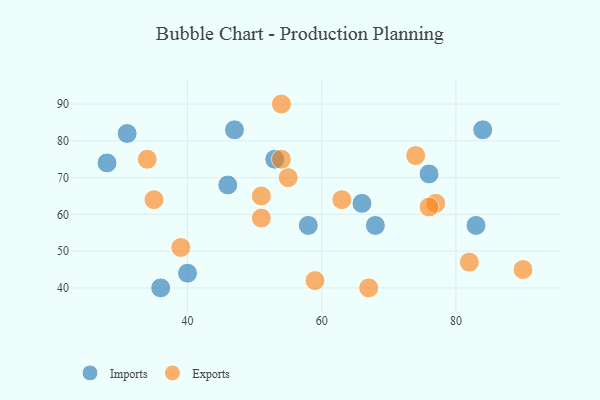
{"axis": {"x": "GDP", "y": "Life Expectancy"}, "legend": ["Exports", "Imports"], "data": [{"x": "28", "y": 74, "type": "Imports"}, {"x": "47", "y": 83, "type": "Imports"}, {"x": "84", "y": 83, "type": "Imports"}, {"x": "68", "y": 57, "type": "Imports"}, {"x": "46", "y": 68, "type": "Imports"}, {"x": "40", "y": 44, "type": "Imports"}, {"x": "36", "y": 40, "type": "Imports"}, {"x": "53", "y": 75, "type": "Imports"}, {"x": "58", "y": 57, "type": "Imports"}, {"x": "76", "y": 71, "type": "Imports"}, {"x": "66", "y": 63, "type": "Imports"}, {"x": "31", "y": 82, "type": "Imports"}, {"x": "83", "y": 57, "type": "Imports"}, {"x": "54", "y": 90, "type": "Exports"}, {"x": "51", "y": 65, "type": "Exports"}, {"x": "74", "y": 76, "type": "Exports"}, {"x": "90", "y": 45, "type": "Exports"}, {"x": "59", "y": 42, "type": "Exports"}, {"x": "39", "y": 51, "type": "Exports"}, {"x": "67", "y": 40, "type": "Exports"}, {"x": "51", "y": 59, "type": "Exports"}, {"x": "34", "y": 75, "type": "Exports"}, {"x": "55", "y": 70, "type": "Exports"}, {"x": "54", "y": 75, "type": "Exports"}, {"x": "77", "y": 63, "type": "Exports"}, {"x": "35", "y": 64, "type": "Exports"}, {"x": "76", "y": 62, "type": "Exports"}, {"x": "63", "y": 64, "type": "Exports"}, {"x": "82", "y": 47, "type": "Exports"}]}